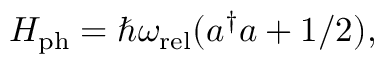
H _ { \mathrm { p h } } = \hbar \omega _ { \mathrm { r e l } } ( a ^ { \dagger } a + 1 / 2 ) ,